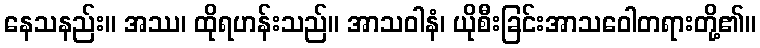
နေသနည်း။ အဿ၊ ထိုရဟန်းသည်။ အာသဝါနံ၊ ယိုစီးခြင်းအာသဝေါတရားတို့၏။